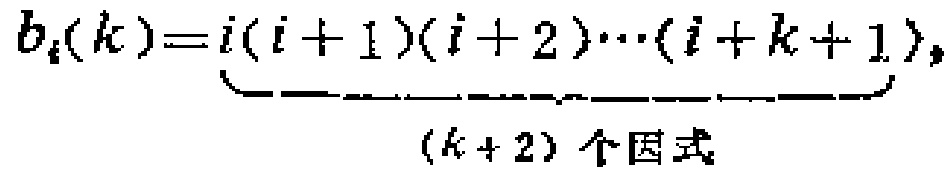
\[b_{i}(k)=\underbrace{i(i + 1)(i + 2)\cdots(i + k + 1)}_{(k + 2)\text{ 个因式}}\]